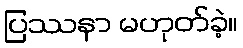
ပြဿနာ မဟုတ်ခဲ့။